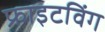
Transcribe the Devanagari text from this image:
फ्राइटविंग